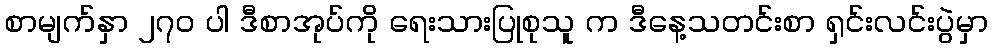
စာမျက်နှာ ၂၇၀ ပါ ဒီစာအုပ်ကို ရေးသားပြုစုသူ က ဒီနေ့သတင်းစာ ရှင်းလင်းပွဲမှာ